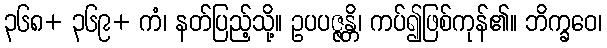
၃၆၈+ ၃၆၉+ ကံ၊ နတ်ပြည့်သို့။ ဥပပဇ္ဇန္တိ၊ ကပ်၍ဖြစ်ကုန်၏။ ဘိက္ခဝေ၊